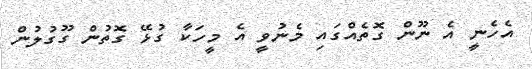
އެހެނީ އެ ނޫން ގޮތެއްގައި މެނުވީ އެ މީހަކާ ގުޅޭ ގޮތުން ގޫގުލުން